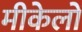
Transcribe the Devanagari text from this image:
मीकेलों